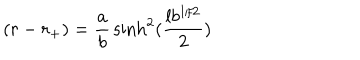
( r - r _ { + } ) = { \frac { a } { b } } \sinh ^ { 2 } ( { \frac { l b ^ { 1 / 2 } } { 2 } } )